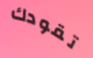
تقودك